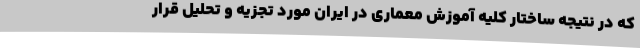
که در نتیجه ساختار کلیه آموزش معماری در ایران مورد تجزیه و تحلیل قرار